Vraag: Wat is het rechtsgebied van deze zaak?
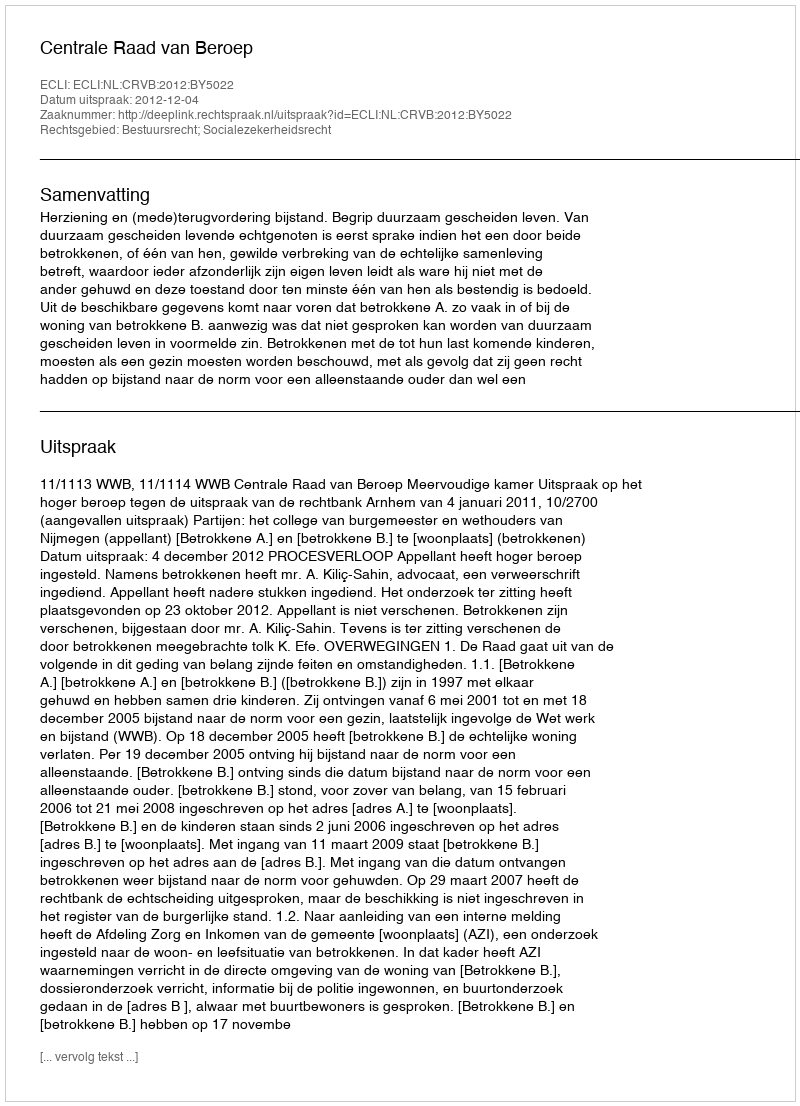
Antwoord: Bestuursrecht; Socialezekerheidsrecht